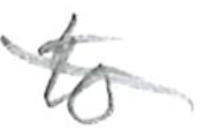
Text: to
Cross-out: diagonal
Writing tool: pencil